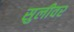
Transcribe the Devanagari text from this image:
सुलीवर